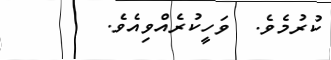
ކުރުމެވެ.  ވަހީކުރެއްވިއެވެ.